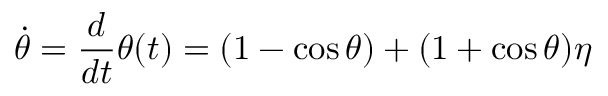
\dot { \theta } = \frac { d } { d t } \theta ( t ) = ( 1 - \cos \theta ) + ( 1 + \cos \theta ) \eta